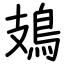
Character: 鳷